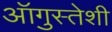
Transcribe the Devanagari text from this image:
ऑगुस्तेशी